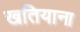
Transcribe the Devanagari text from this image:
खतियाना